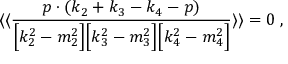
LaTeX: \langle \langle \frac { p \cdot ( k _ { 2 } + k _ { 3 } - k _ { 4 } - p ) } { \Bigl [ k _ { 2 } ^ { 2 } - m _ { 2 } ^ { 2 } \Bigr ] \Bigl [ k _ { 3 } ^ { 2 } - m _ { 3 } ^ { 2 } \Bigr ] \Bigl [ k _ { 4 } ^ { 2 } - m _ { 4 } ^ { 2 } \Bigr ] } \rangle \rangle = 0 \; ,